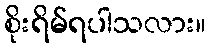
စိုးရိမ်ရပါသလား။